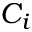
C _ { i }